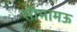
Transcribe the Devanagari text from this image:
सीमामऊ